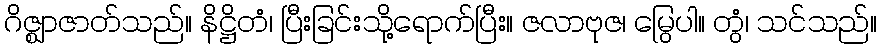
ဂိဇ္ဈာဇာတ်သည်။ နိဋ္ဌိတံ၊ ပြီးခြင်းသို့ရောက်ပြီး။ ဇလာဗုဇ၊ မြွေပါ။ တွံ၊ သင်သည်။